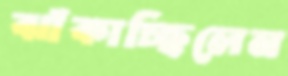
ঝাঁকাচ্ছিলেন